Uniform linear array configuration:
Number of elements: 64
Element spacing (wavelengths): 0.5
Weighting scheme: exponential
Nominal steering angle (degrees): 60
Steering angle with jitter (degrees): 59.89
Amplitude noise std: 0.05
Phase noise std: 0.05

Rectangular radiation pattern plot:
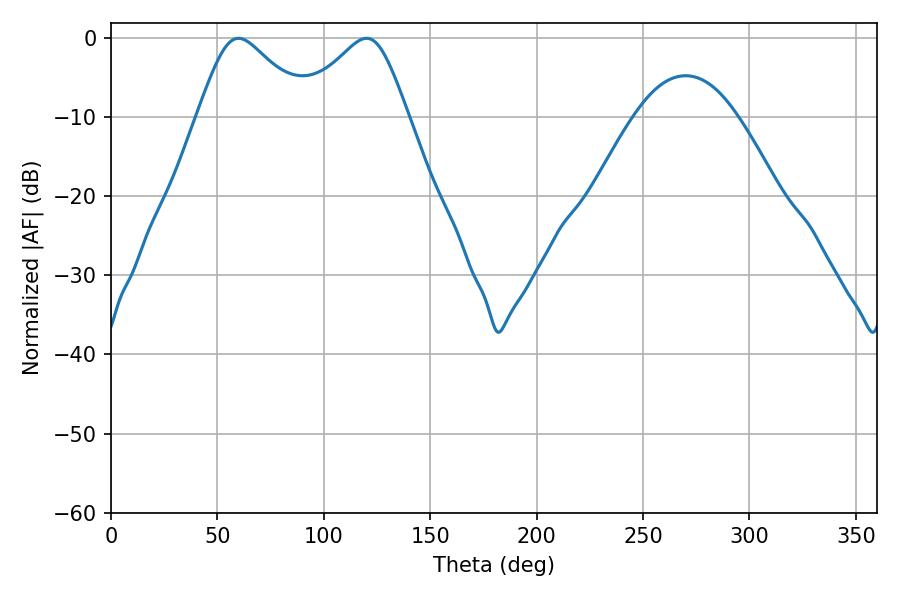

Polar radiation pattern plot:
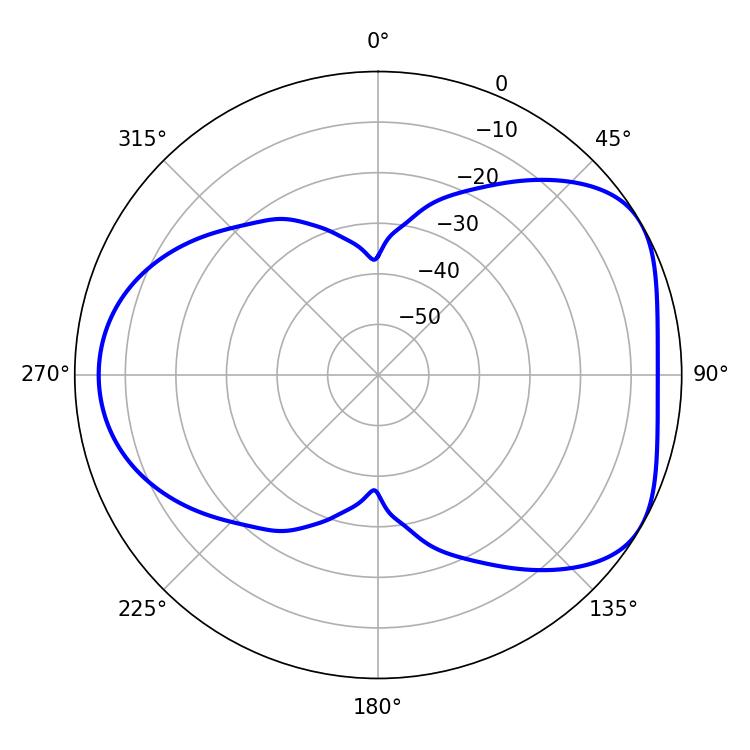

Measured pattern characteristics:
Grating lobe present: FALSE
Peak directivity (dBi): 4.837
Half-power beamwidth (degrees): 25.38
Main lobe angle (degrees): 59.94